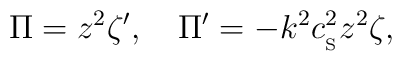
\Pi=z^2\zeta ', \quad \Pi '=-k^2c_{_{\rm S}}^2z^2\zeta,